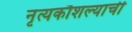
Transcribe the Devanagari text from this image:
नृत्यकौशल्याची